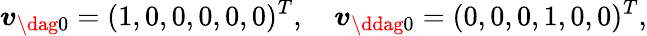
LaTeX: \boldsymbol{v}_{\dag 0}=(1,0,0,0,0,0)^{T},\quad\boldsymbol{v}_{\ddag 0}=(0,0,0,1,0,0)^{T},